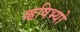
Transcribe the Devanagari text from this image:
ऋषिभ्यो